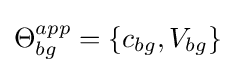
\Theta _{bg}^{app}=\{c_{bg},V_{bg}\}